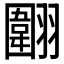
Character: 𱻤